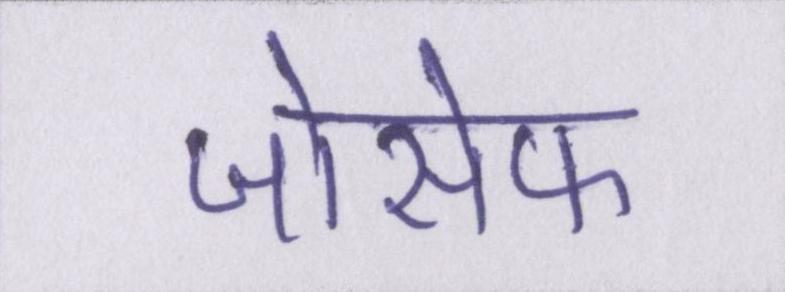
जोसेफ